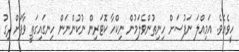
ހީވެއެވެ. އަމިއްލަ ނަފުސަށް ހިނިތުންވެލަމުން ނިކްހާ ކޮޓަރިން ނުކުންނަން ހިނގައިގަތީ ވާފަށް ދިގު